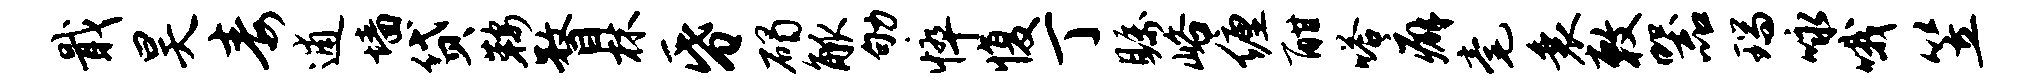
戢昊毒逋墙贷鞍瞀林昏碣觚劬悴愎丁瞩峪缠酣嗒癖毫衰敕器瑞咏哦笠